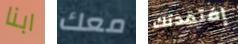
ابنا معك إفتقدتك